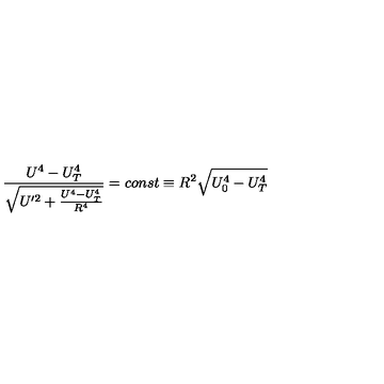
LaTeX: \frac { U ^ { 4 } - U _ { T } ^ { 4 } } { \sqrt { U ^ { \prime 2 } + \frac { U ^ { 4 } - U _ { T } ^ { 4 } } { R ^ { 4 } } } } = c o n s t \equiv R ^ { 2 } \sqrt { U _ { 0 } ^ { 4 } - U _ { T } ^ { 4 } }